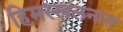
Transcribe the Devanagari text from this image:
हिमस्खलनात